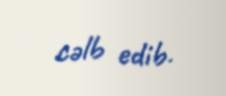
cəlb edib.